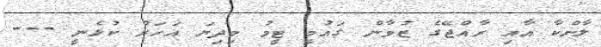
ލާންކާ އާއި ރާއްޖޭގެ ޒުވާން ގައުމީ ޓީމު މިދިޔަ އަހަރު ކުޅެނީ ---